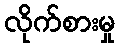
လိုက်စားမှု